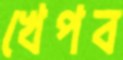
খেপব